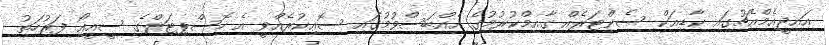
އައިޖީއެމްއެޗުގައި ކާޑިއަކް ސެންޓަރެއް ގާއިމްކުރުމުގެ އެއްބަސްވުމުގައި ސޮއިކުރެއްވީ އެ ހޮސްޕިޓަލްގެ ސީއީއޯ ފަރުހަތު